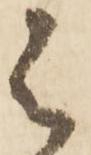
は